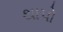
થાપો